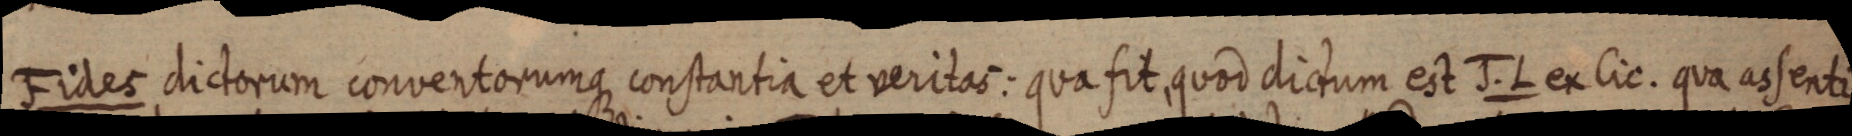
Fides dictorum convertorumque constantia et veritas: qua fit, quod dictum est J. L. ex lic. qua assenti